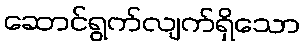
ဆောင်ရွက်လျက်ရှိသော